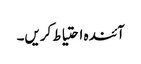
آئندہ احتیاط کریں۔